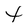
Character: 4